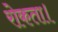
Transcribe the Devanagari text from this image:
रोकता।